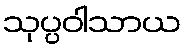
သုပ္ပဝါသာယ